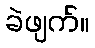
ခဲဖျက်။